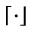
\lceil \cdot \rfloor